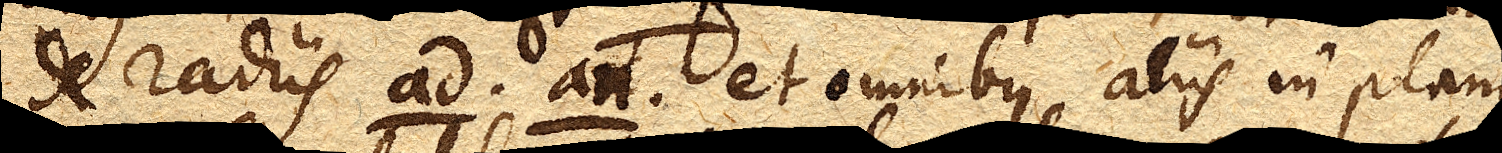
de radiis ad. an. et omnibus aliis in plano